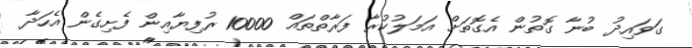
ގަވައިދު ބުނާ ގޮތުން އެގޮތަށް އަމަލުކުރާ ފަރާތްތައް 10000 ރުފިޔާއިން ފެށިގެން އެހަދާ